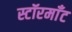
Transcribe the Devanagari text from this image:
स्टॉरमाँट